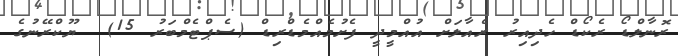
ރޮނާލްޑޯ ރެކޯޑް ހެދިއިރު ރެއާލަށް އުއްމީދީ ފެށުމެއްމެޑްރިޑް (ސެޕްޓެމްބަރު 15)  ޔޫކްރޭނުގެ